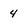
Character: 4